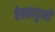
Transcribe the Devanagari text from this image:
बेक्काफुमी